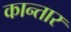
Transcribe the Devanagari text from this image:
कान्तार